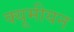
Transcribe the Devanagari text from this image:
क्यूमीयन